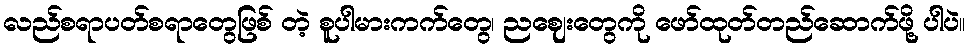
လည်စရာပတ်စရာတွေဖြစ် တဲ့ စူပါမားကက်တွေ၊ ညဈေးတွေကို ဖော်ထုတ်တည်ဆောက်ဖို့ ပါပဲ။